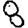
Digit: 8